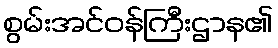
စွမ်းအင်ဝန်ကြီးဌာန၏